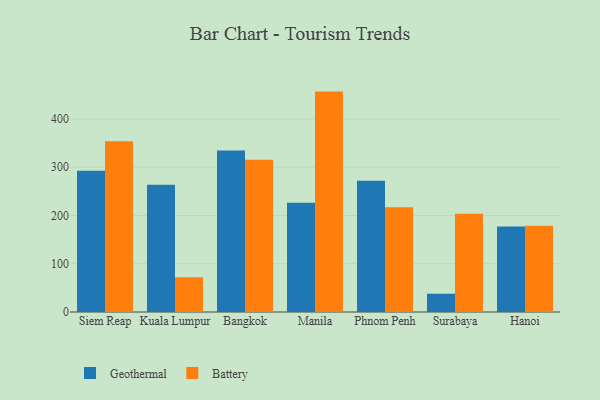
{"axis": {"x": "City", "y": "Net Income (USD K)"}, "legend": ["Battery", "Geothermal"], "data": [{"x": "Siem Reap", "y": 292.7, "type": "Geothermal"}, {"x": "Siem Reap", "y": 353.9, "type": "Battery"}, {"x": "Kuala Lumpur", "y": 264.0, "type": "Geothermal"}, {"x": "Kuala Lumpur", "y": 72.0, "type": "Battery"}, {"x": "Bangkok", "y": 334.9, "type": "Geothermal"}, {"x": "Bangkok", "y": 315.5, "type": "Battery"}, {"x": "Manila", "y": 226.3, "type": "Geothermal"}, {"x": "Manila", "y": 456.9, "type": "Battery"}, {"x": "Phnom Penh", "y": 272.0, "type": "Geothermal"}, {"x": "Phnom Penh", "y": 217.2, "type": "Battery"}, {"x": "Surabaya", "y": 37.9, "type": "Geothermal"}, {"x": "Surabaya", "y": 203.9, "type": "Battery"}, {"x": "Hanoi", "y": 177.5, "type": "Geothermal"}, {"x": "Hanoi", "y": 178.8, "type": "Battery"}]}